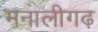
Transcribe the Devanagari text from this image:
मनालीगढ़